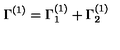
\Gamma ^ { ( 1 ) } = \Gamma _ { 1 } ^ { ( 1 ) } + \Gamma _ { 2 } ^ { ( 1 ) }